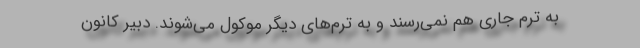
به ترم جاری هم نمی‌رسند و به ترم‌های دیگر موکول می‌شوند. دبیر کانون